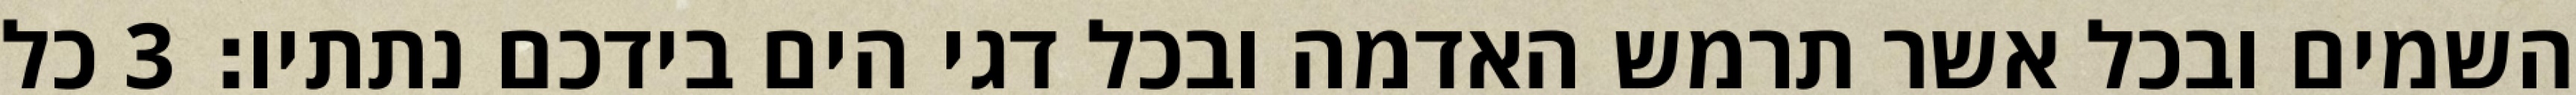
השמים ובכל אשר תרמש האדמה ובכל דגי הים בידכם נתתיו׃ ‎3‏ כל